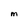
Character: M